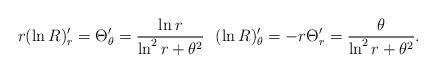
LaTeX: \begin{align*}r(\ln R)'_r=\Theta '_\theta =\frac{\ln r}{\ln ^2r+\theta ^2} \ \ (\ln R)'_\theta =-r\Theta '_r=\frac{\theta }{\ln ^2r+\theta ^2}. \end{align*}